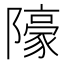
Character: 䧫